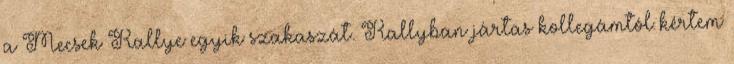
a Mecsek Rallye egyik szakaszát. Rallyban jártas kollegámtól kértem